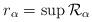
LaTeX: \begin{align*}r_\alpha=\sup \mathcal{R}_\alpha\end{align*}